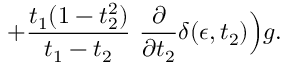
+ { \frac { t _ { 1 } ( 1 - t _ { 2 } ^ { 2 } ) } { t _ { 1 } - t _ { 2 } } } ~ { \frac { \partial } { \partial t _ { 2 } } } \delta ( \epsilon , t _ { 2 } ) \Big ) g .